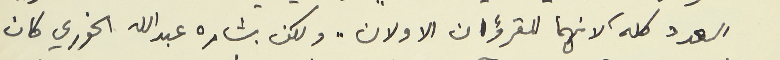
العدد كله، لانهما للقرؤان الاولان " ولكن بشاره عبدالله الخوري كان